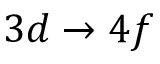
3 d \rightarrow 4 f